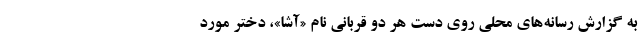
به گزارش رسانه‌های محلی روی دست هر دو قربانی نام «آشا»، دختر مورد